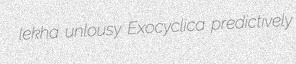
lekha unlousy Exocyclica predictively